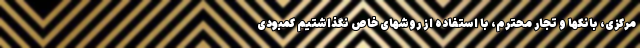
مرکزی، بانکها و تجار محترم، با استفاده از روشهای خاص نگذاشتیم کمبودی